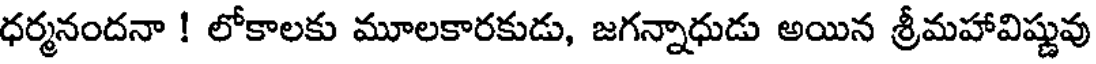
ధర్మనందనా ! లోకాలకు మూలకారకుడు, జగన్నాధుడు అయిన శ్రీమహావిష్ణువు